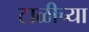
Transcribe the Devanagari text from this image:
टाळीच्या